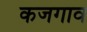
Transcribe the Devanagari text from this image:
कजगाव